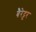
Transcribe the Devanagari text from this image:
बैरेट्टर